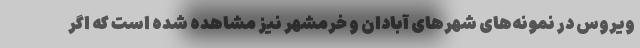
ویروس در نمونه‌های شهرهای آبادان و خرمشهر نیز مشاهده شده است که اگر